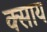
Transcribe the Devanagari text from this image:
क्साय